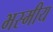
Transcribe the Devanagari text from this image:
भस्मीय